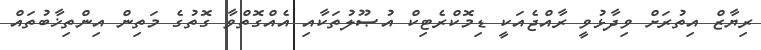
ރިޔާޒް އިތުރަށް ވިދާޅުވީ ރާއްޖެއަކީ ޑިމޮކްރެޓިކް އުޞޫލުތަކާއި އެއްގޮތްވާ ގޮތުގެ މަތިން އިންތިޚާބުތައް